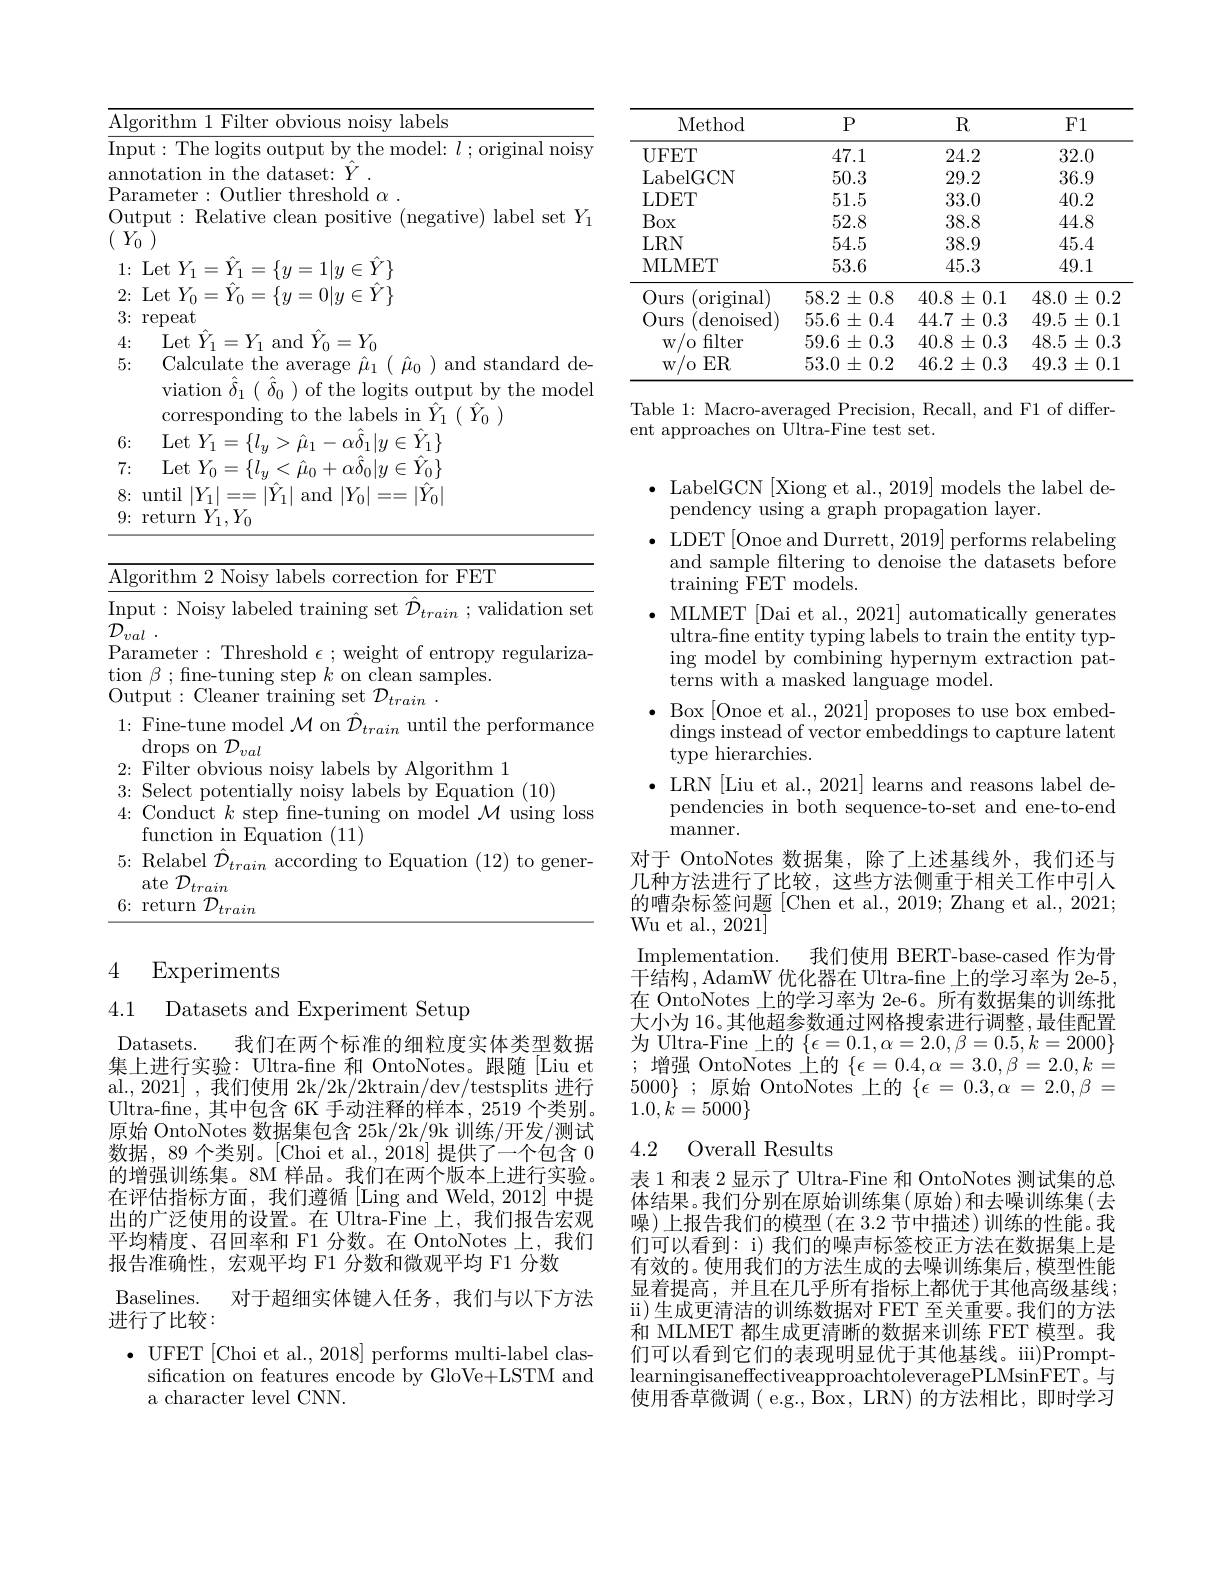
<table>
	<tbody>
		<tr>
			<td>$\overline{\mathrm{Alg}}$ 1</td>
			<td>orithm $\mathbf{H}^{\prime}\mathbf{i}|\mathbf{t}$ $r$labels nolsv</td>
		</tr>
		<tr>
			<td>$\overline{\mathrm{Inp}}$ $a_{1}=a_{1}$</td>
			<td>noiss</td>
		</tr>
		<tr>
			<td>4</td>
			<td> </td>
		</tr>
		<tr>
			<td>5:</td>
			<td>Calculate the average $\hat{\mu}_{1}(\begin{array}{c}\hat{\mu}_{0}\end{array})$ and standard de- viation $\hat{\delta}_{1}(\hat{\delta}_{0})$ of the logits output by the model corresponding to the labels in Y_{1} ${}_{1}$ ( $\ddot{Y} _{0}$ )</td>
		</tr>
		<tr>
			<td>6:</td>
			<td>$=Y_{1}\}$ $\Gamma_{i}$et $M_{t}$ $|\eta_{\prime}\in$</td>
		</tr>
		<tr>
			<td>7: $i$</td>
			<td>$\Gamma_{\mathrm{et}}Y_{\mathrm{c}}$ $\alpha\ddot{\delta}_{0}|u\in\ddot{Y}_{0}\}$ 二</td>
		</tr>
	</tbody>
</table>

<table>
	<tbody>
		<tr>
			<td>$\overline{\mathrm{Al}\varepsilon}$ 1</td>
			<td>gorithm 2 Noisy labels correction for FET</td>
		</tr>
		<tr>
			<td>Inp</td>
			<td>${\mathrm{out: ~Noisy~labeled~training~set~}\hat{\mathcal{D} } }_{train}$ ;validation set</td>
		</tr>
		<tr>
			<td>$v$ Pal tiol $Ou$</td>
			<td>$\boldsymbol{a}l$ rameter: Threshold $\epsilon;$ weight of entropy regulariza n $\beta;$fine-tuning step $k$ on clean samples. tput: Cleaner training set $\mathcal{D}_{train}.$</td>
		</tr>
		<tr>
			<td>1:</td>
			<td>Fine-tune model $\mathcal{M}$ on $\hat{\mathcal{D}}_{train}$ until the performance $\operatorname{drops~on}\mathcal{D}$, val</td>
		</tr>
		<tr>
			<td>2:</td>
			<td>Filter obwiolls ahels 1 $hx$ Aloorithm 1</td>
		</tr>
		<tr>
			<td>3: </td>
			<td>Selert 1/10 Fianation</td>
		</tr>
		<tr>
			<td>4:</td>
			<td>Conduct $k$ step fne-tuning on model $\mathcal{M}$ using loss function in Equation (11)</td>
		</tr>
		<tr>
			<td>5:</td>
			<td>Relabel $\hat{\mathcal{D}}_{train}$ according to Equation (12) to gener ate T</td>
		</tr>
		<tr>
			<td>6: 4 1 1 1 1</td>
			<td>return 712 $a\dot{i}n$</td>
		</tr>
	</tbody>
</table>

## 4 Experiments

4.1 Datasets and Experiment Setup

Datasets.
我们在两个标准的细粒度实体类型数据
集上进行实验：Ultra-fine 和 OntoNotes。跟随[Liu et al., 2021] , 我们使用 2k/2ktrain/dev/testsplits 进行Ultra-fine,其中包含 6K 手动注释的样本，2519 个类别。原始 OntoNotes 数据集包含 25k/2k/9k 训练/开发/测试数据，89 个类别。[Choi et al., 2018] 提供了一个包含 0的增强训练集。8M 样品。我们在两个版本上进行实验。在评估指标方面，我们遵循[Ling and Weld, 2012] 中提出的广泛使用的设置。在 Ultra-Fine 上，我们报告宏观平均精度、召回率和 F1 分数。在 OntoNotes 上，我们报告准确性，宏观平均 F1 分数和微观平均 F1 分数
Baselines. 对于超细实体键入任务，我们与以下方法
进行了比较：
$\bullet$ UFET [Choi et al., 2018] performs multi-label clas-
sification on features encode by GloVe+LSTM and

a character level CNN.

<table>
	<tbody>
		<tr>
			<th>Method</th>
			<th>$P$</th>
			<th>$R$</th>
			<th>F1</th>
		</tr>
		<tr>
			<td>UFET</td>
			<td>47.1</td>
			<td>24.2</td>
			<td>32.0</td>
		</tr>
		<tr>
			<td>LabelGCN</td>
			<td>50.3</td>
			<td>29.2</td>
			<td>36.9</td>
		</tr>
		<tr>
			<td>LDET</td>
			<td>51.5</td>
			<td>33.0</td>
			<td>40.2</td>
		</tr>
		<tr>
			<td>Box</td>
			<td>52.8</td>
			<td>38.8</td>
			<td>44.8</td>
		</tr>
		<tr>
			<td>$LRN$</td>
			<td>54.5</td>
			<td>38.9</td>
			<td>45.4</td>
		</tr>
		<tr>
			<td>MLMET</td>
			<td>53.6</td>
			<td>45.3</td>
			<td>49.1</td>
		</tr>
		<tr>
			<td>Ours (original)</td>
			<td>$58.2\pm0.8$</td>
			<td>$40.8\pm0.1$</td>
			<td>$48.0\pm0.2$</td>
		</tr>
		<tr>
			<td>$O_{1}$ $)urs$ denoised 112</td>
			<td>$55.6\pm0.4$</td>
			<td>$44.7\pm0.3$</td>
			<td>$49.5\pm0.1$</td>
		</tr>
		<tr>
			<td>$W$ 0 filter</td>
			<td>$59.6\pm0.3$</td>
			<td>$40.8\pm0.3$</td>
			<td>$48.5\pm0.3$</td>
		</tr>
		<tr>
			<td>/0 $ER$ $W$ 1</td>
			<td>$53.0\pm0.2$</td>
			<td>$46.2\pm0.3$</td>
			<td>$49.3\pm0.1$</td>
		</tr>
	</tbody>
</table>

Table 1: Macro-averaged Precision, Recall, and F1 of differ-
ent approaches on Ultra-Fine test set.

$\bullet$ LabelGCN [Xiong et al., 2019] models the label de-
pendency using a graph propagation layer.
$\bullet$ LDET [Onoe and Durrett, 2019] performs relabeling and sample fltering to denoise the datasets before training FET models.
$\bullet$ MLMET [Dai et al., 2021] automatically generates
ultra-fne entity typing labels to train the entity typing model by combining hypernym extraction patterns with a masked language model.
$\bullet$ Box [Onoe et al., 2021] proposes to use box embed-
dings instead of vector embeddings to capture latent
type hierarchies.
$\bullet$ LRN[Liu et al., 2021] learns and reasons label dependencies in both sequence-to-set and ene-to-end ${\mathrm{manner}}.$
对于 OntoNotes 数据集，除了上述基线外，我们还与几种方法进行了比较，这些方法侧重于相关工作中引人的嘈杂标签问题[Chen et al., 2019; Zhang et al., 2021; ${\mathrm{Wu~et~al.,~2021]}}$ Implementation.
我们使用 BERT-base-cased 作为骨
$\bar{\text{干结构，AdamW 优化器在 Ultra-fne 上的学习率为 2e-5}}$, 在 OntoNotes 上的学习率为 2e-6。所有数据集的训练批大小为 16。其他超参数通过网格搜索进行调整，最佳配置为 Ultra-Fine 上的 $\{\epsilon=0.1,\alpha=2.0,\beta=0.5,k=2000\};$增强 OntoNotes 上的 $\{\epsilon=0.4,\alpha=3.0,\beta=2.0,k=$ $5000\}$;原始 OntoNotes 上的$\{\epsilon=0.3,\alpha=2.0,\beta=$ $1.0,\bar{k}=5000\}$

### 4.2 Overall Results

表 1 和表 2 显示了 Ultra-Fine 和 OntoNotes 测试集的总体结果。我们分别在原始训练集(原始)和去噪训练集(去噪)上报告我们的模型(在 3.2 节中描述)训练的性能。我们可以看到：i) 我们的噪声标签校正方法在数据集上是有效的。使用我们的方法生成的去噪训练集后，模型性能显着提高，并且在几乎所有指标上都优于其他高级基线； $\operatorname{ii})$生成更清洁的训练数据对 FET 至关重要。我们的方法和 MLMET 都生成更清晰的数据来训练 FET 模型。我们可以看到它们的表现明显优于其他基线。iii)PromptlearningisaneffectiveapproachtoleveragePLMsinFET。与使用香草微调( e.g., Box, LRN) 的方法相比，即时学习